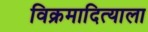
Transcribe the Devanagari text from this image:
विक्रमादित्याला